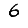
Digit: 6